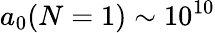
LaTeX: a_{0}(N=1)\sim 10^{10}